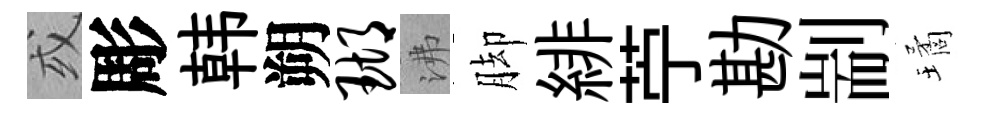
或彫韩朔瑚沸脚緋苧勘剬璚